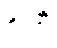
နုဒတိ